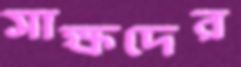
সাক্ষদের